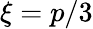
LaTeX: \xi=p/3